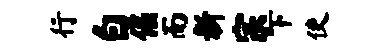
行白倔而新宗下使